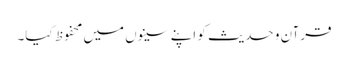
قرآن و حدیث کو اپنے سینوں میں محفوظ کیا۔